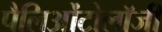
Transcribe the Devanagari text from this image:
पैलिओंटोलॉजी